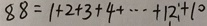
8 8 = 1 + 2 + 3 + 4 + \cdots + 1 2 + 1 0